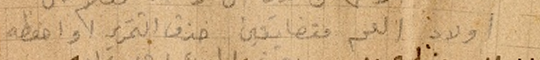
اولاد العم متضايقين خزق التحرير او احفظه